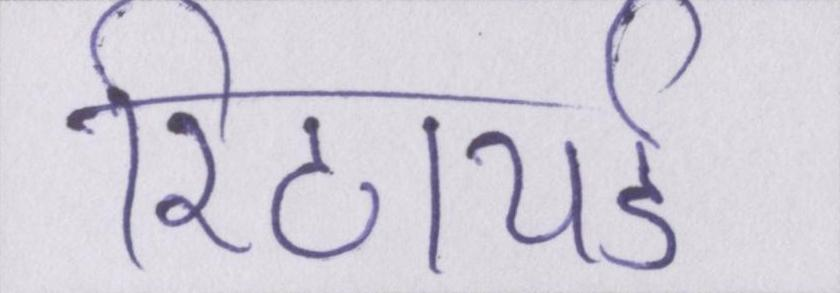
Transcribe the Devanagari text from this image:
रिटायर्ड